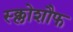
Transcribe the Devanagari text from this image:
स्क्लोशौफ